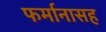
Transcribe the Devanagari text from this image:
फर्मानासह